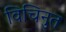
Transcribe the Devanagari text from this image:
विचिनुत